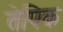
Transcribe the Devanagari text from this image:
तेपिक